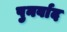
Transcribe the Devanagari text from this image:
पुनर्वाद